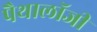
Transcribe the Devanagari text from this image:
पैथालॉजी